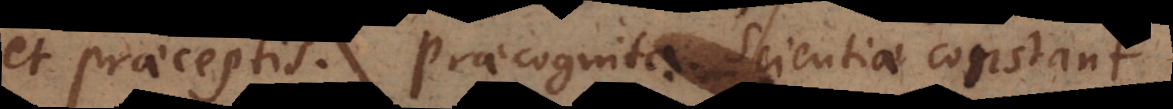
et praeceptis. Praecognita Scientiae constant